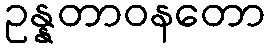
ဥန္နတာဝနတော